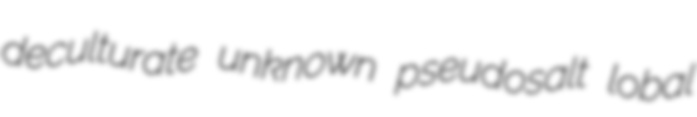
deculturate unknown pseudosalt lobal